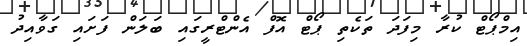
އިމްޕޯޓް ކުރާ މިފަދަ ތަކެތި ޕޯޓް އޮފް އެންޓްރީގައި ބަލަން ފަށައި ގަވާއިދު